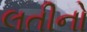
લતીનો